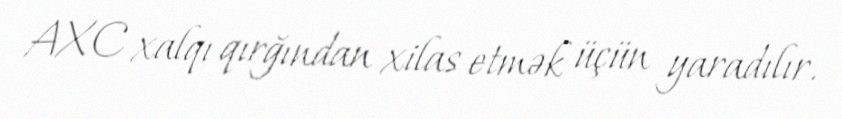
AXC xalqı qırğından xilas etmək üçün yaradılır.